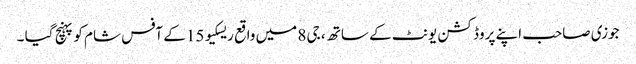
جوزی صاحب اپنے پروڈکشن یونٹ کے ساتھ ، جی 8 میں واقع ریسکیو 15 کے آفس شام کو پہنچ گیا ۔